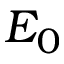
E _ { 0 }